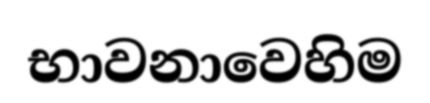
භාවනාවෙහිම